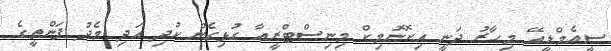
ސީއެމްޑީއޭ މިހާރު ދަނީ އިކޮނޮމިކް މިނިސްޓްރީއާ ގުޅިގެން ކުދި އަދި މެދު ފަންތީގެ